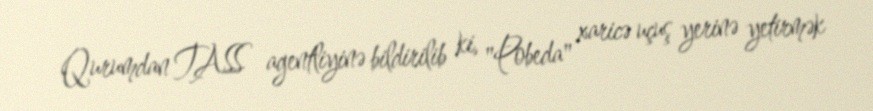
Qurumdan TASS agentliyinə bildirilib ki, "Pobeda" xaricə uçuş yerinə yetirmək